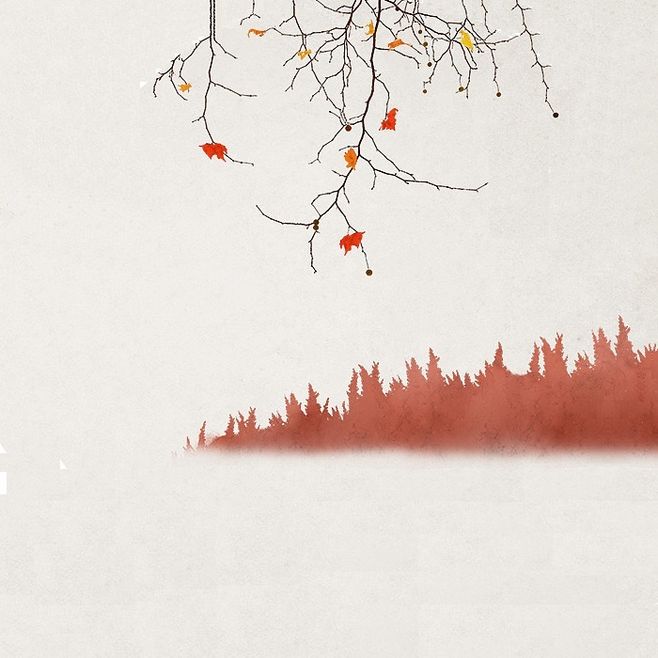
空山松子落，幽人应未眠。